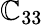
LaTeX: \mathbb{C}_{33}